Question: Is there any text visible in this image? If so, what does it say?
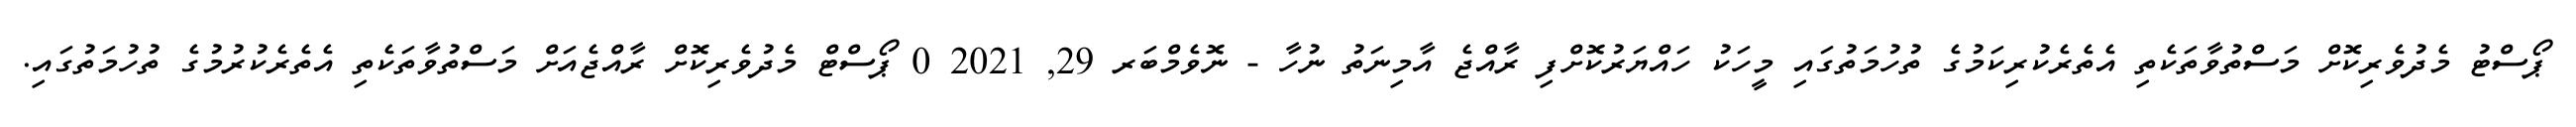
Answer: ޕޯސްޓު މެދުވެރިކޮށް މަސްތުވާތަކެތި އެތެރެކުރިކަމުގެ ތުހުމަތުގައި މީހަކު ހައްޔަރުކޮށްފި ރާއްޖެ އާމިނަތު ނުހާ - ނޮވެމްބަރ 29, 2021 0 ޕޯސްޓް މެދުވެރިކޮށް ރާއްޖެއަށް މަސްތުވާތަކެތި އެތެރެކުރުމުގެ ތުހުމަތުގައި.